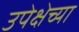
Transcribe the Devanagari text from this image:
उपेक्षेच्या